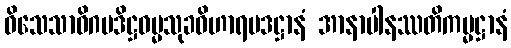
ဝိသေသာဓိဂမဒိဋ္ဌဓမ္မသုခဝိဟာရပဒဋ္ဌာနံ အာနာပါနဿတိကမ္မဋ္ဌာနံ